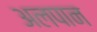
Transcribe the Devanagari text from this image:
अलपान